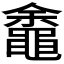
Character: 𬹡